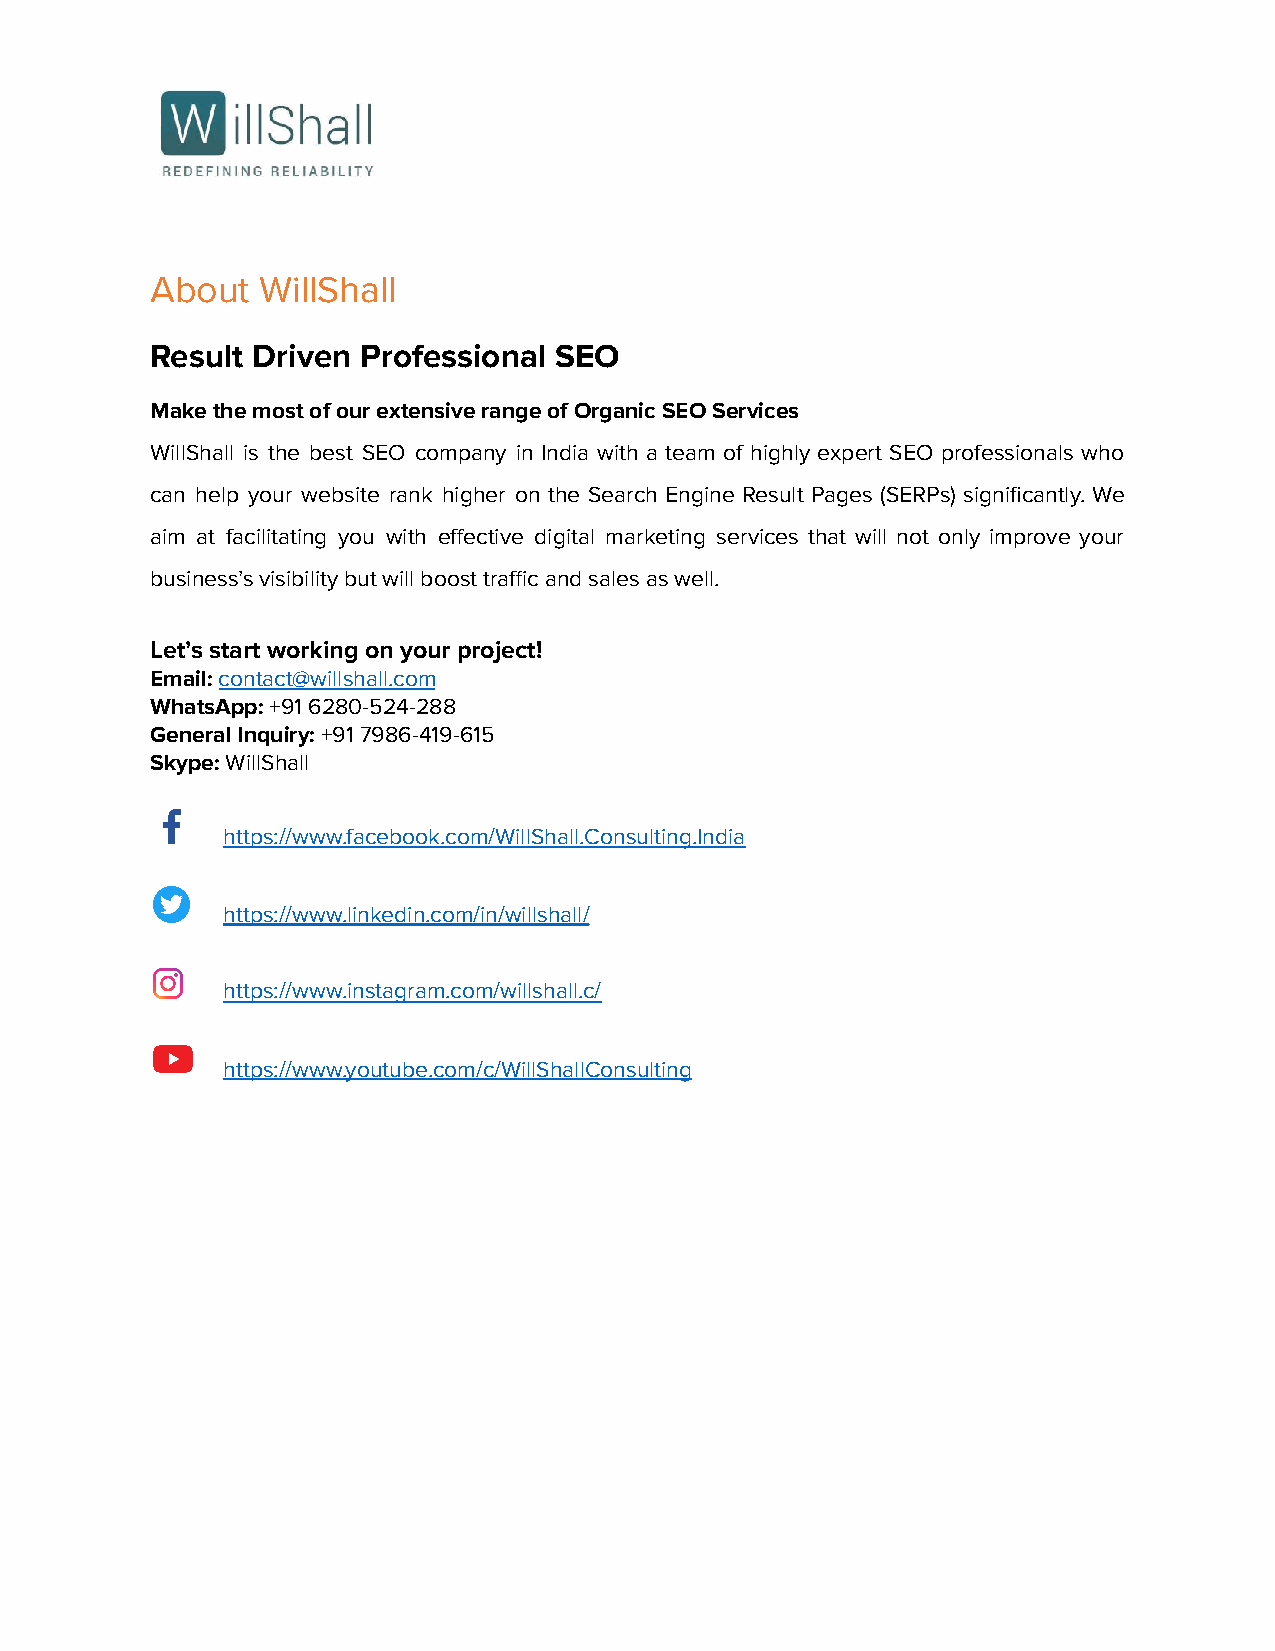
About  WillShall
 Result Driven Professional SEO
 Make the most of our extensive range of Organic SEOServices
 WillShall is the best SEO company in India with a team of highly expert SEO professionals who
 can help your website rank higher on the Search Engine Result Pages (SERPs) significantly. We
 aim at facilitating you with effective digital marketing services that will not only improve your
 business’s visibility but will boost traffic and salesas well.
 Let’s start working on your project!
 Email:contact@willshall.com
 WhatsApp:+91 6280-524-288
 General Inquiry:+91 7986-419-615
 Skype:WillShall
 https://www.facebook.com/WillShall.Consulting.India
 https://www.linkedin.com/in/willshall/
 https://www.instagram.com/willshall.c/
 https://www.youtube.com/c/WillShallConsulting